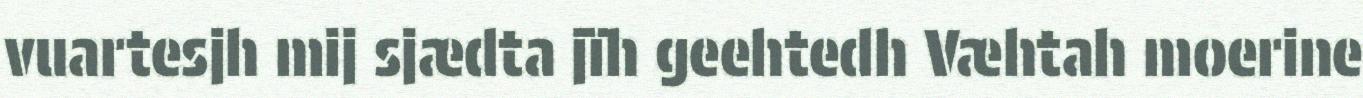
vuartesjh mij sjædta jïh geehtedh Væhtah moerine